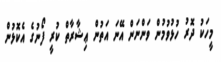
މީހަކު ދޮރު ހުޅުވުމުން ވަންނަން އޭނަ އަތުން ޢިޝާރާތް ކުރީ ފޯނުގެ އެކޮޅުން